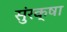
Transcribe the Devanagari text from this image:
सुंरक्षा